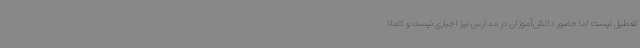
تعطیل نیست اما حضور دانش‌آموزان در مدارس نیز اجباری نیست و کاملا